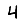
Digit: 4